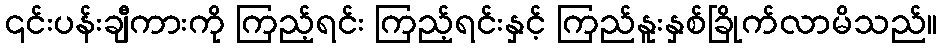
၎င်းပန်းချီကားကို ကြည့်ရင်း ကြည့်ရင်းနှင့် ကြည်နူးနှစ်ခြိုက်လာမိသည်။